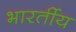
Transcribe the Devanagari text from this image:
भारर्तीय